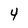
Character: 4